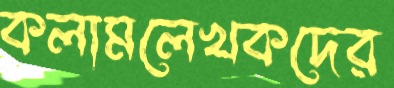
কলামলেখকদের